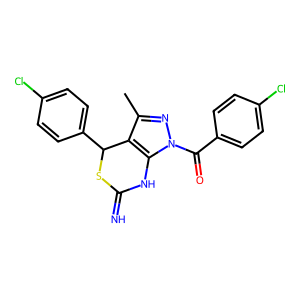
SMILES: Cc1nn(C(=O)c2ccc(Cl)cc2)c2c1C(c1ccc(Cl)cc1)SC(=N)N2
Inhibits HIV replication: No